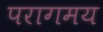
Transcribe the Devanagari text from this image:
परागमय